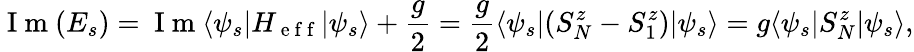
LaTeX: \mathrm{~I~m~}(E_{s})=\mathrm{~I~m~}\langle\psi_{s}|H_{\mathrm{~e~f~f~}}|\psi_{s}\rangle+\frac{g}{2}=\frac{g}{2}\langle\psi_{s}|(S_{N}^{z}-S_{1}^{z})|\psi_{s}\rangle=g\langle\psi_{s}|S_{N}^{z}|\psi_{s}\rangle,